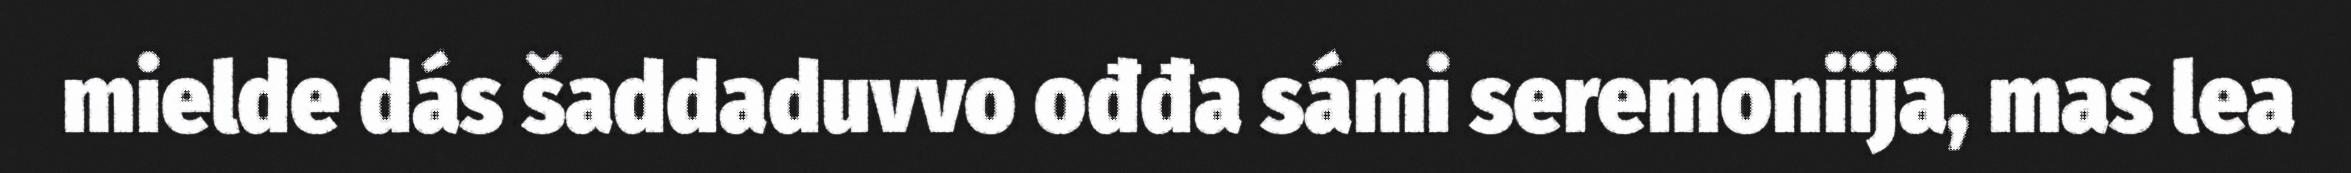
mielde dás šaddaduvvo ođđa sámi seremoniija, mas lea